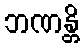
ဘဏန္တိ